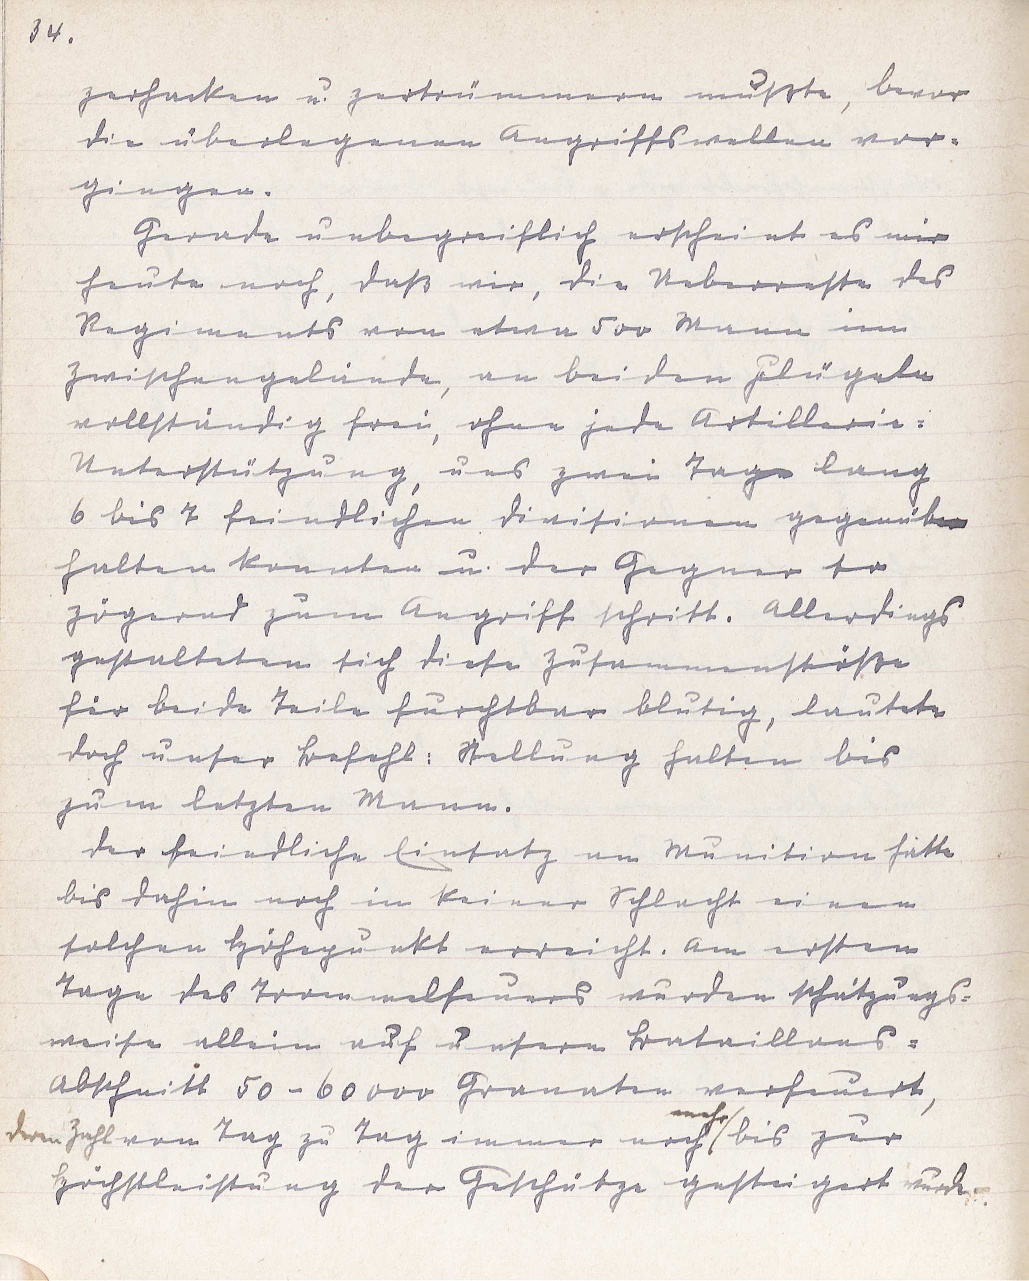
34.
zerhacken u. zertrümmern mußte, bevor
die überlegenen Angriffswellen vor¬
gingen.
Gerade unbegreiflich erscheint es mir
heute noch, daß wir, die Ueberreste des
Regiments von etwa 500 Mann im
Zwischengelände, an beiden Flügeln
vollständig frei, ohne jede Artillerie-
Unterstützung, uns zwei Tage lang
6 bis 7 feindlichen Divisionen gegenüber
halten konnten u. der Gegner so
zögernd zum Angriff schritt. Allerdings
gestalteten sich diese Zusammenstöße
für beide Teile furchtbar blutig, lautete
doch unser Befehl: Stellung halten bis
zum letzten Mann.
Der feindliche Einsatz an Munition hatte
bis dahin noch in keiner Schlacht einen
solchen Höhepunkt erreicht. Am ersten
Tage des Trommelfeuers wurden schätzungs¬
weise allein auf unsern Bataillons-
Abschnitt 50 - 60 000 Granaten verfeuert,
deren Zahl von Tag zu Tag immer noch
mehr
bis zur
Höchstleistung der Geschütze gesteigert wurde.